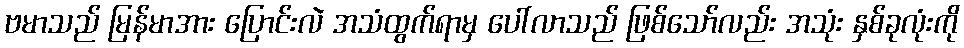
ဗမာသည် မြန်မာအား ပြောင်းလဲ အသံထွက်ရာမှ ပေါ်လာသည် ဖြစ်သော်လည်း အသုံး နှစ်ခုလုံးကို